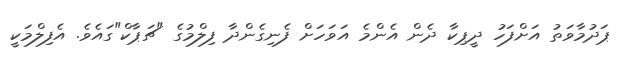
ޕަދުމާވަތު އަށްފަހު ދީޕިކާ ދެން އެންމެ އަވަހަށް ފެނިގެންދާ ފިލްމުގެ "ޗަޕާކް"ގައެވެ. އެފިލްމަކީ